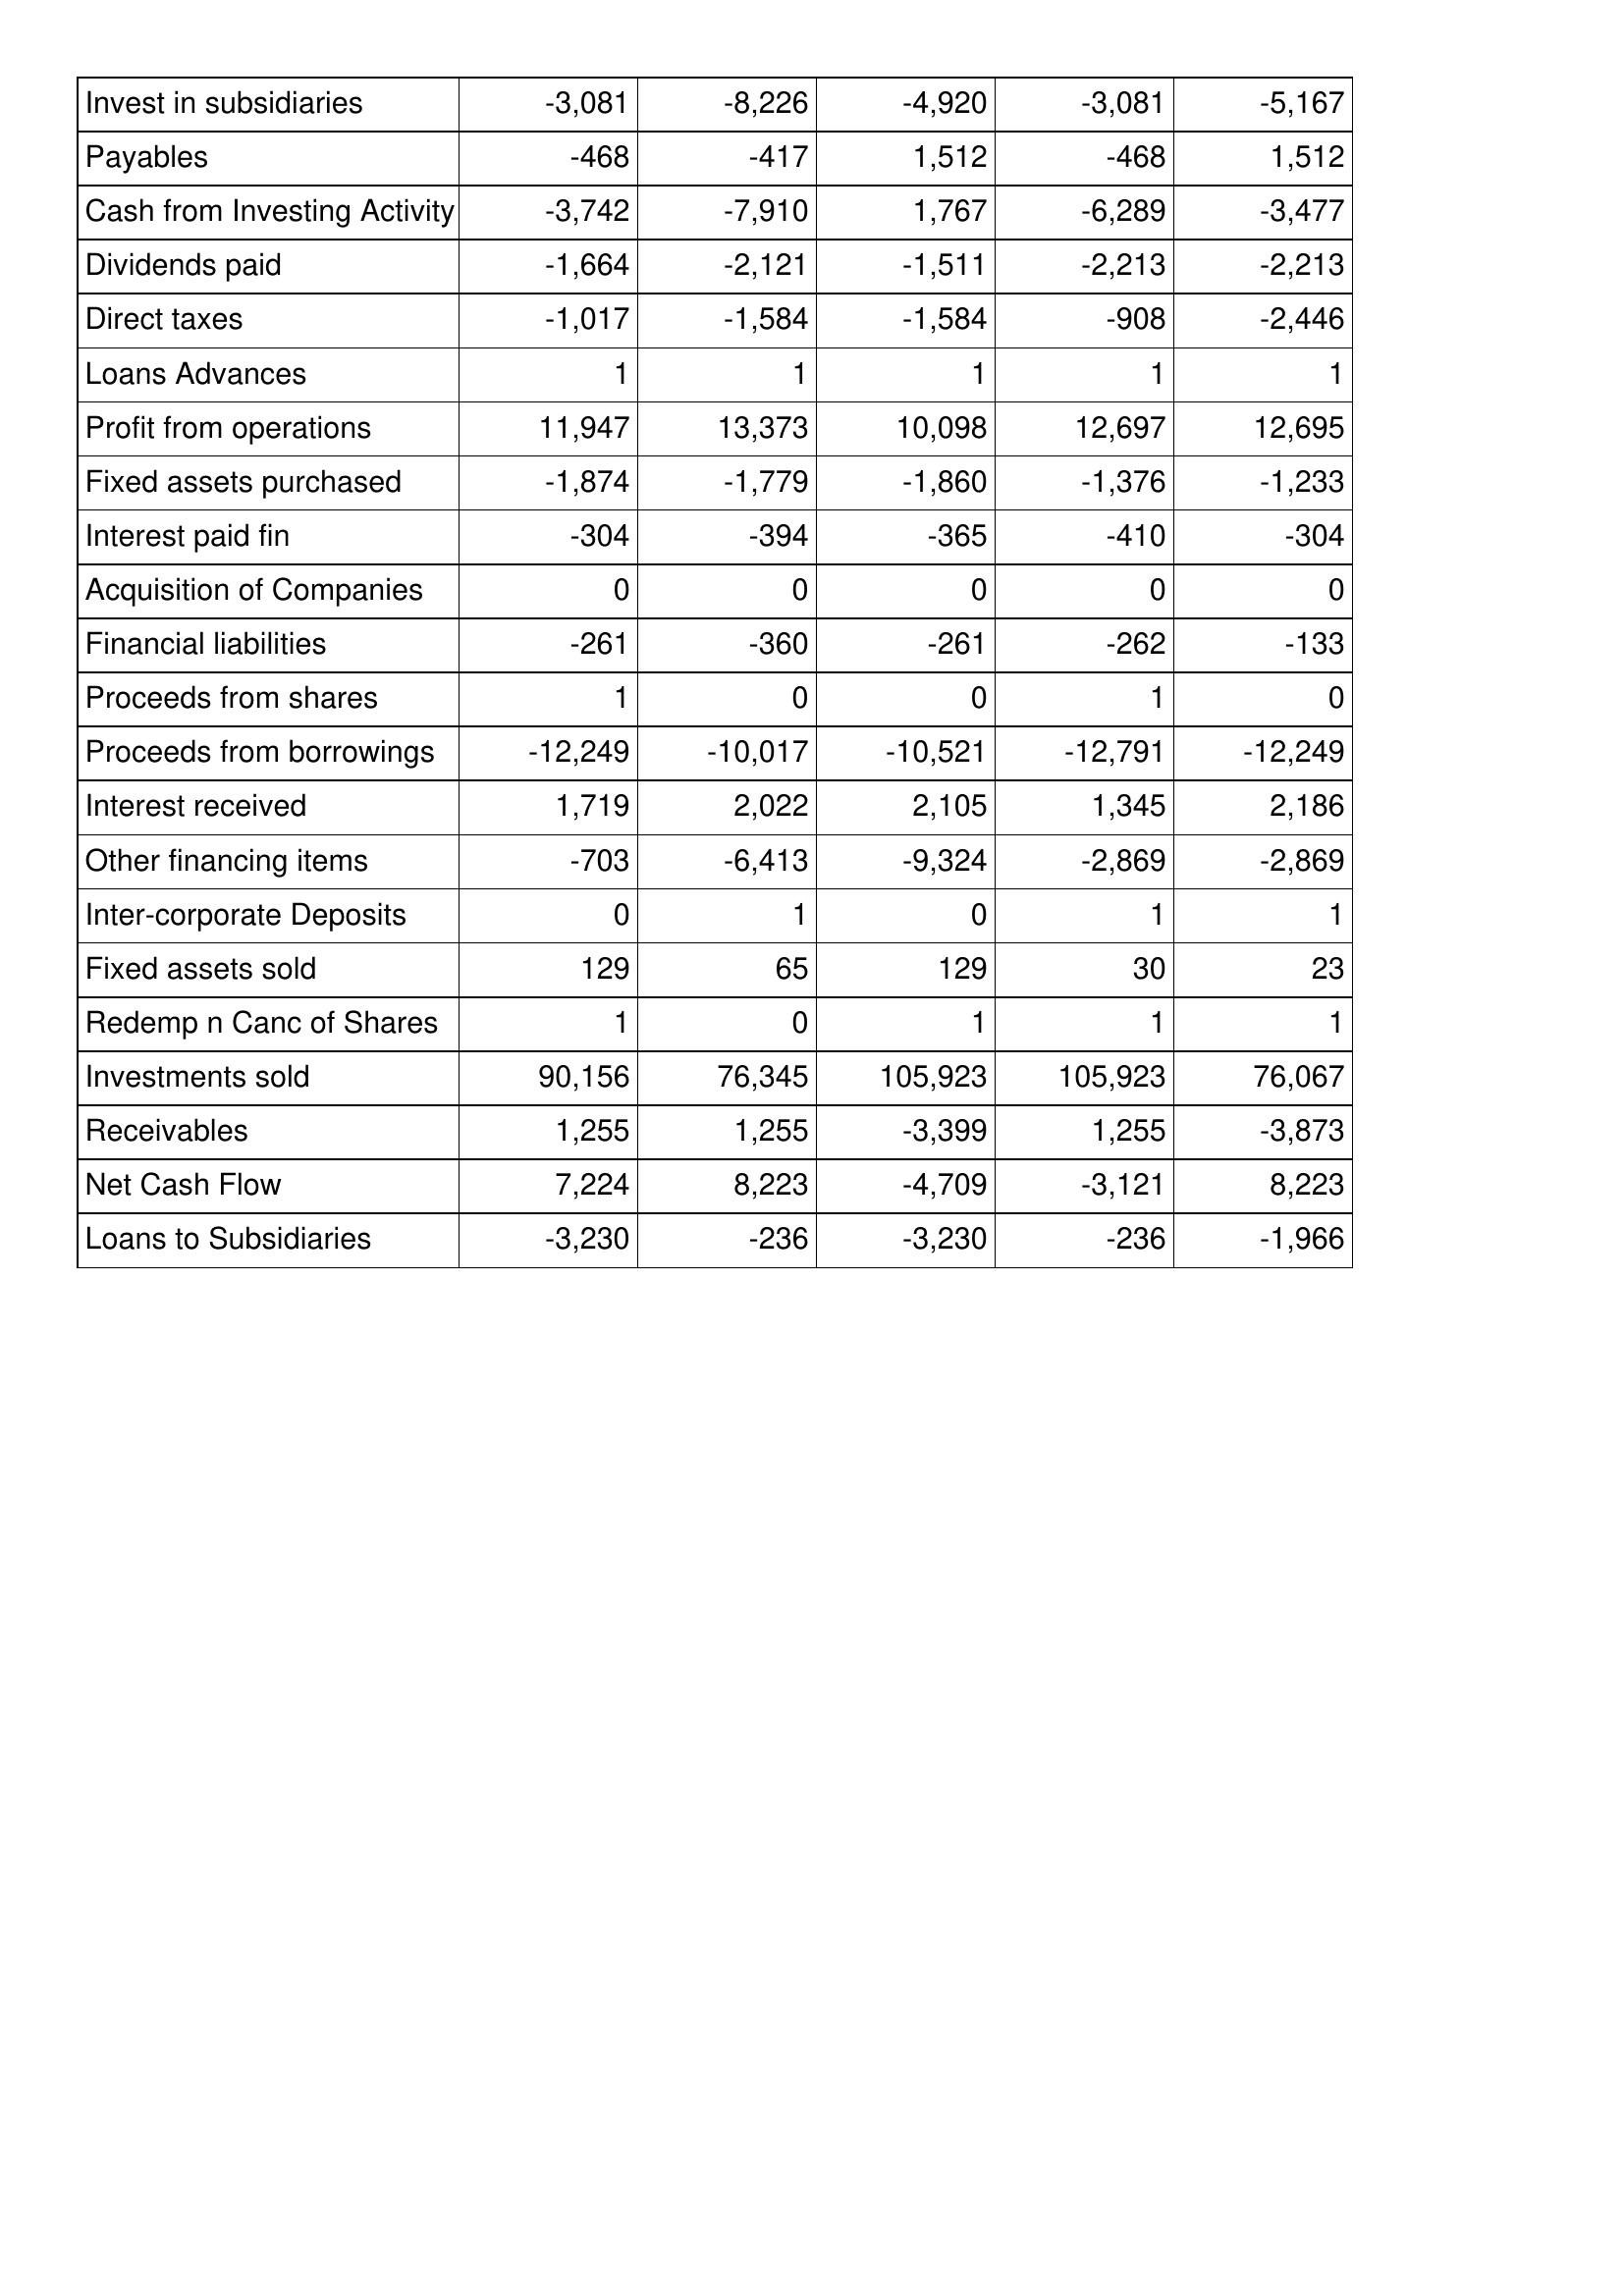
May-06: Cash Flows: Invest in subsidiaries: -3,081
Payables: -468
Cash from Investing Activity: -3,742
Dividends paid: -1,664
Direct taxes: -1,017
Loans Advances: 1
Profit from operations: 11,947
Fixed assets purchased: -1,874
Interest paid fin: -304
Acquisition of Companies: 0
Financial liabilities: -261
Proceeds from shares: 1
Proceeds from borrowings: -12,249
Interest received: 1,719
Other financing items: -703
Inter-corporate Deposits: 0
Fixed assets sold: 129
Redemp n Canc of Shares: 1
Investments sold: 90,156
Receivables: 1,255
Net Cash Flow: 7,224
Loans to Subsidiaries: -3,230
May-05: Cash Flows: Invest in subsidiaries: -8,226
Payables: -417
Cash from Investing Activity: -7,910
Dividends paid: -2,121
Direct taxes: -1,584
Loans Advances: 1
Profit from operations: 13,373
Fixed assets purchased: -1,779
Interest paid fin: -394
Acquisition of Companies: 0
Financial liabilities: -360
Proceeds from shares: 0
Proceeds from borrowings: -10,017
Interest received: 2,022
Other financing items: -6,413
Inter-corporate Deposits: 1
Fixed assets sold: 65
Redemp n Canc of Shares: 0
Investments sold: 76,345
Receivables: 1,255
Net Cash Flow: 8,223
Loans to Subsidiaries: -236
May-04: Cash Flows: Invest in subsidiaries: -4,920
Payables: 1,512
Cash from Investing Activity: 1,767
Dividends paid: -1,511
Direct taxes: -1,584
Loans Advances: 1
Profit from operations: 10,098
Fixed assets purchased: -1,860
Interest paid fin: -365
Acquisition of Companies: 0
Financial liabilities: -261
Proceeds from shares: 0
Proceeds from borrowings: -10,521
Interest received: 2,105
Other financing items: -9,324
Inter-corporate Deposits: 0
Fixed assets sold: 129
Redemp n Canc of Shares: 1
Investments sold: 105,923
Receivables: -3,399
Net Cash Flow: -4,709
Loans to Subsidiaries: -3,230
May-03: Cash Flows: Invest in subsidiaries: -3,081
Payables: -468
Cash from Investing Activity: -6,289
Dividends paid: -2,213
Direct taxes: -908
Loans Advances: 1
Profit from operations: 12,697
Fixed assets purchased: -1,376
Interest paid fin: -410
Acquisition of Companies: 0
Financial liabilities: -262
Proceeds from shares: 1
Proceeds from borrowings: -12,791
Interest received: 1,345
Other financing items: -2,869
Inter-corporate Deposits: 1
Fixed assets sold: 30
Redemp n Canc of Shares: 1
Investments sold: 105,923
Receivables: 1,255
Net Cash Flow: -3,121
Loans to Subsidiaries: -236
May-02: Cash Flows: Invest in subsidiaries: -5,167
Payables: 1,512
Cash from Investing Activity: -3,477
Dividends paid: -2,213
Direct taxes: -2,446
Loans Advances: 1
Profit from operations: 12,695
Fixed assets purchased: -1,233
Interest paid fin: -304
Acquisition of Companies: 0
Financial liabilities: -133
Proceeds from shares: 0
Proceeds from borrowings: -12,249
Interest received: 2,186
Other financing items: -2,869
Inter-corporate Deposits: 1
Fixed assets sold: 23
Redemp n Canc of Shares: 1
Investments sold: 76,067
Receivables: -3,873
Net Cash Flow: 8,223
Loans to Subsidiaries: -1,966